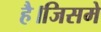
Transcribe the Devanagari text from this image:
है।जिसमे